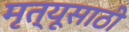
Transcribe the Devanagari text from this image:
मृत्यूसाठी